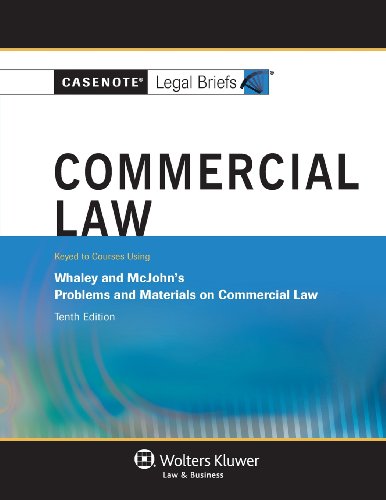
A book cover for Casenote Legal Briefs: Commercial Law, Keyed to Whaley, Tenth Edition; Casenote Legal Briefs; Law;